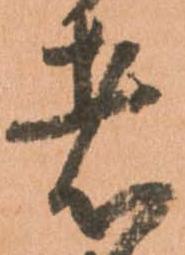
者